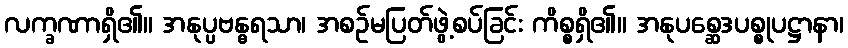
လက္ခဏာရှိ၏။ အနုပ္ပဗန္ဓရသာ၊ အစဉ်မပြတ်ဖွဲ့စပ်ခြင်း ကိစ္စရှိ၏။ အနုပစ္ဆေဒပစ္စုပဋ္ဌာနာ၊